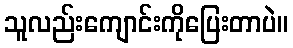
သူလည်းကျောင်းကိုပြေးတာပဲ။